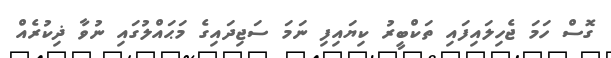
ގޮސް ހަމަ ޖެހިލައިފައި ތަކްބީރު ކިޔައިފި ނަމަ ސަޖިދައިގެ މަޙައްލުގައި ނުވާ ޛިކުރެއް